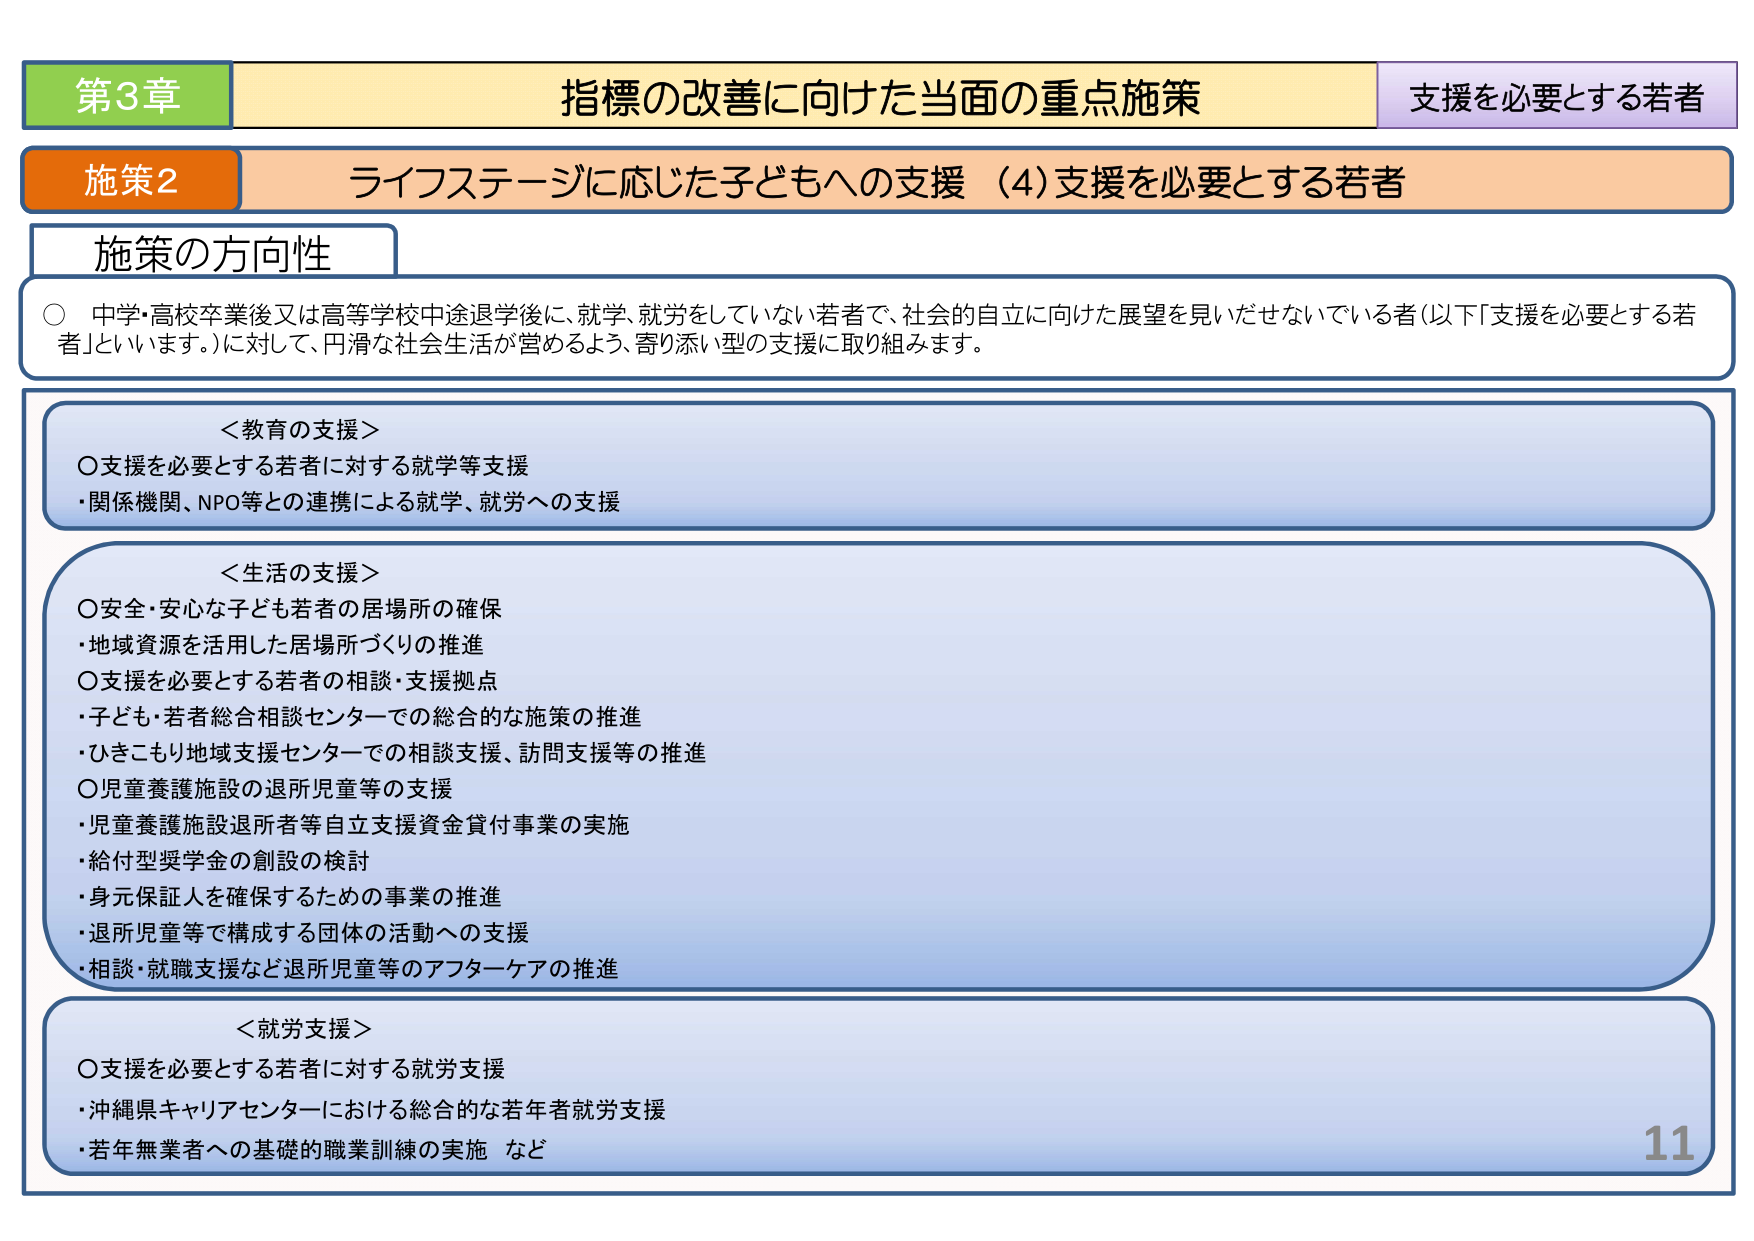
第3章 指標の改善に向けた当面の重点施策 支援を必要とする若者
施策2 ライフステージに応じた子どもへの支援（4）支援を必要とする若者
施策の方向性
○ 中学・高校卒業後又は高等学校中途退学後に、就学、就労をしていない若者で、社会的自立に向けた展望を見いだせないでいる者（以下「支援を必要とする若者」といいます。）に対して、円滑な社会生活が営めるよう、寄り添い型の支援に取り組みます。

＜教育の支援＞
○支援を必要とする若者に対する就学等支援
・関係機関、NPO等との連携による就学、就労への支援

＜生活の支援＞
○安全・安心な子ども若者の居場所の確保
・地域資源を活用した居場所づくりの推進
○支援を必要とする若者の相談・支援拠点
・子ども・若者総合相談センターでの総合的な施策の推進
・ひきこもり地域支援センターでの相談支援、訪問支援等の推進
○児童養護施設の退所児童等の支援
・児童養護施設退所者等自立支援資金貸付事業の実施
・給付型奨学金の創設の検討
・身元保証人を確保するための事業の推進
・退所児童等で構成する団体の活動への支援
・相談・就職支援など退所児童等のアフターケアの推進

＜就労支援＞
○支援を必要とする若者に対する就労支援
・沖縄県キャリアセンターにおける総合的な若年者就労支援
・若年無業者への基礎的職業訓練の実施 など

11